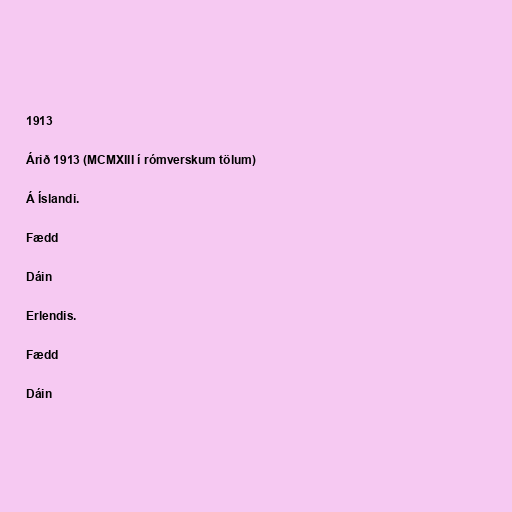
1913

Árið 1913 (MCMXIII í rómverskum tölum)

Á Íslandi.

Fædd

Dáin

Erlendis.

Fædd

Dáin